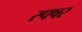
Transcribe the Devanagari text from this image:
स्पषर